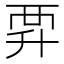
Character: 𧟨